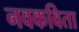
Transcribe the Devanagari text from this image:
नवकविता